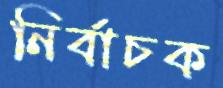
নির্বাচক